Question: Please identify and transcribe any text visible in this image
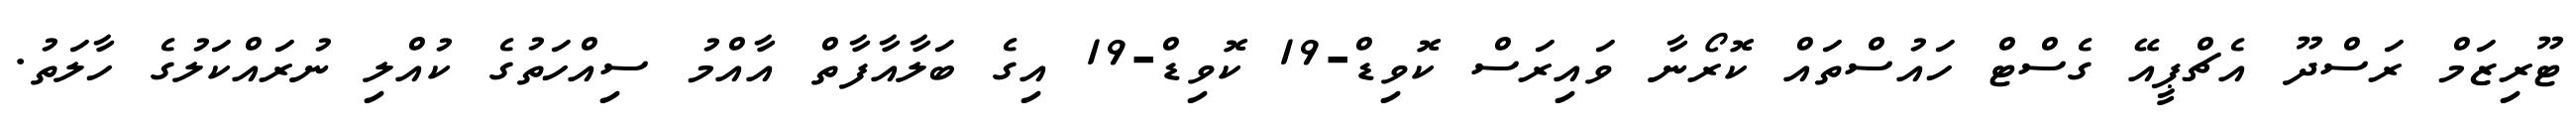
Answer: ޓޫރިޒަމް ރަސްދޫ އެޗްޕީއޭ ގެސްޓް ހައުސްތައް ކޮރޯނާ ވައިރަސް ކޮވިޑް-19 ކޮވިޑް-19 އިގެ ބަލާއާފާތް އާއްމު ސިއްހަތުގެ ކުއްލި ނުރައްކަލުގެ ހާލަތު.